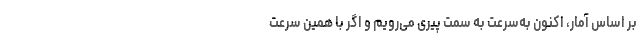
بر اساس آمار، اکنون به‌سرعت به سمت پیری می‌رویم و اگر با همین سرعت